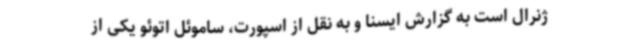
ژنرال است به گزارش ایسنا و به نقل از اسپورت، ساموئل اتوئو یکی از